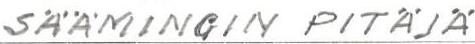
SÄÄMINGIN PITÄJÄ